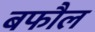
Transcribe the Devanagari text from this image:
बफौल